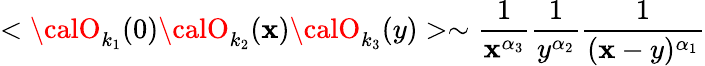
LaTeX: <{\calO}_{k_{1}}(0){\calO}_{k_{2}}(\mathbf{x}){\calO}_{k_{3}}(y)>\sim\frac{{1}}{{\mathbf{x}^{\alpha_{3}}}}\frac{{1}}{{y^{\alpha_{2}}}}\frac{{1}}{{(\mathbf{x}-y)^{\alpha_{1}}}}